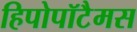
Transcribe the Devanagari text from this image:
हिपोपॉटैमस